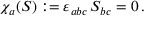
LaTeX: \chi _ { a } ( S ) : = \varepsilon _ { a b c } \, S _ { b c } = 0 \, .